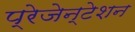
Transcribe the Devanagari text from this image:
प्रेजेन्टेशन